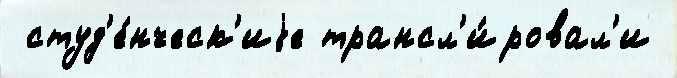
 студ'е́нческ'иjе трансл'и́ровал'и